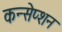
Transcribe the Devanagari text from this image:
कन्सेप्शन